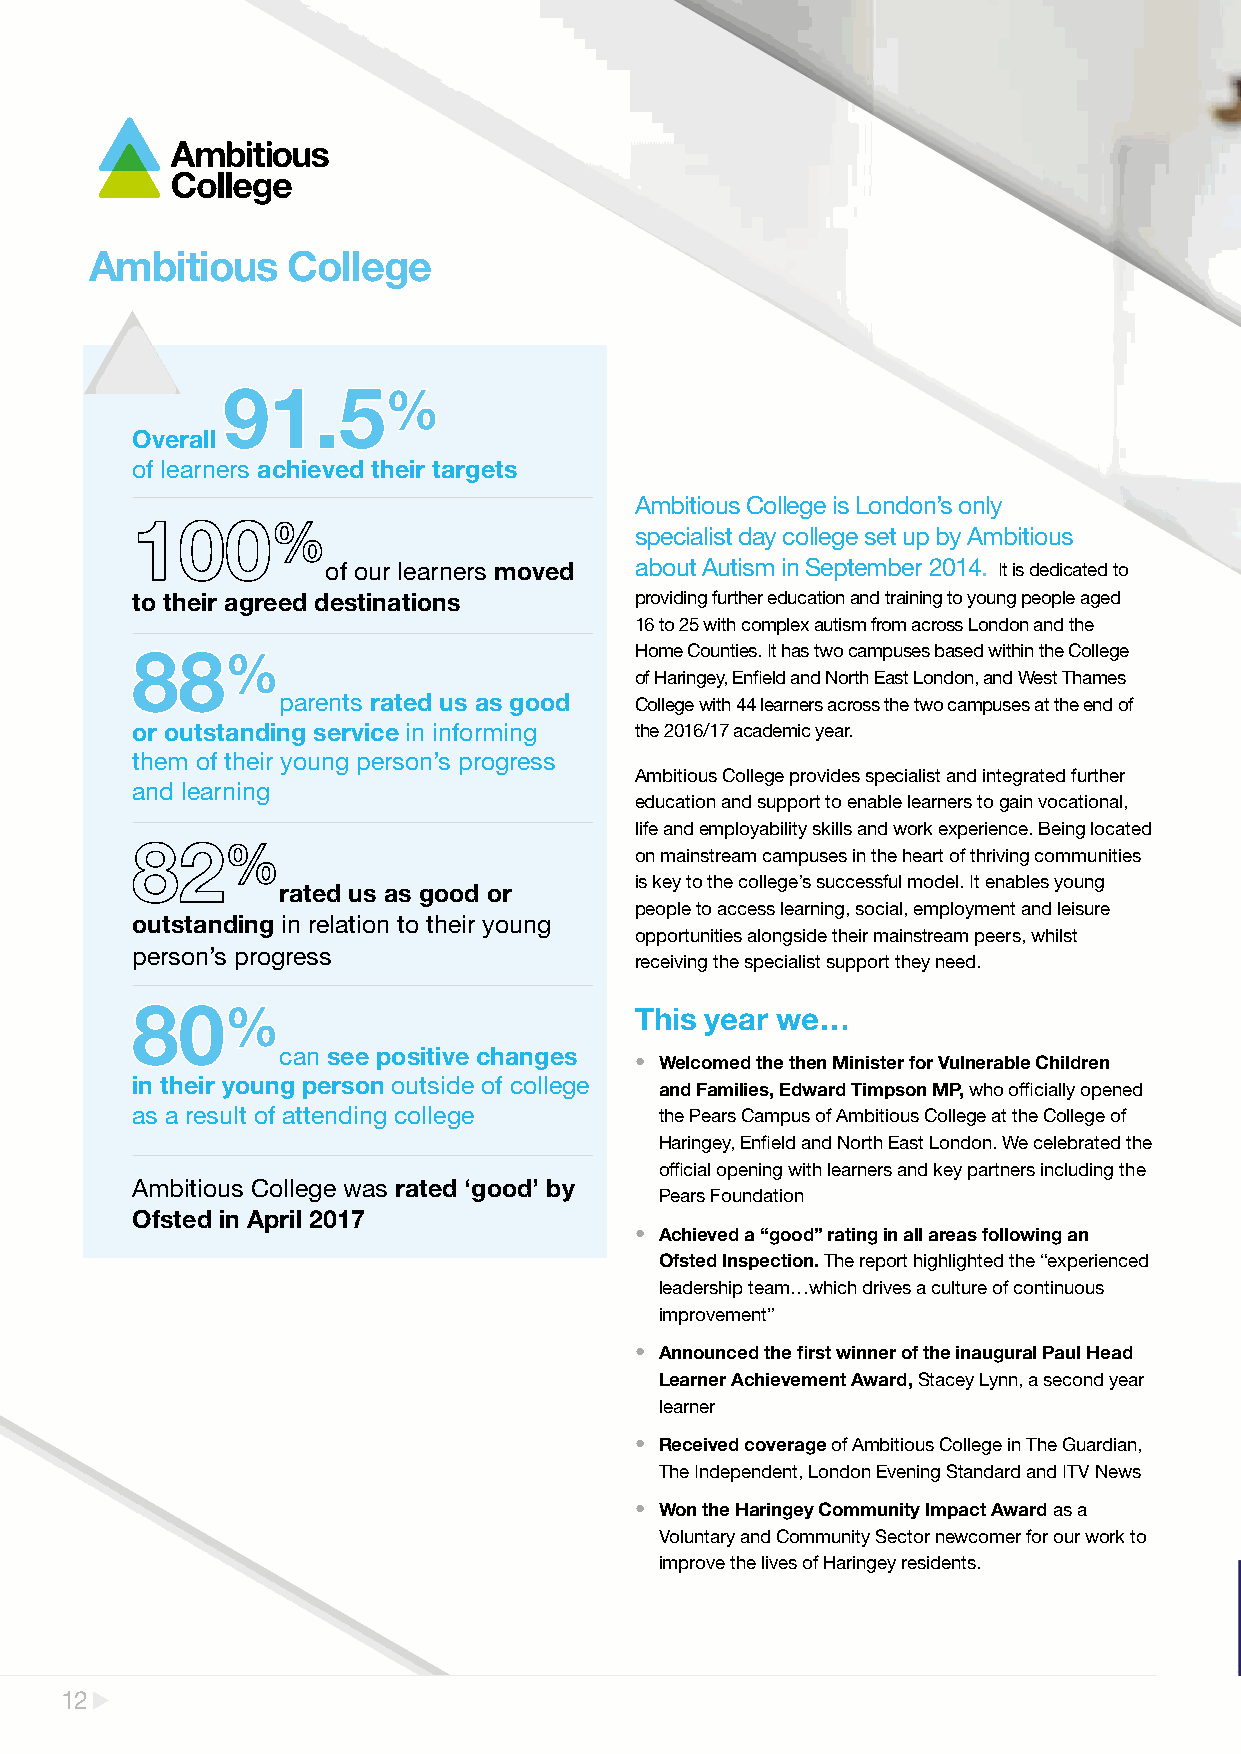
Ambitious    College
 91.5%
 Overall
 of learners achieved their targets
 Ambitious College is London’s only
 specialist day college set up by Ambitious
 of our learners moved about Autism in September 2014. It is dedicated to
 to their agreed destinations     providing further education and training to young people aged
 16 to 25 with complex autism from across London and the
 88%                              Home Counties. It has two campuses based within the College
 of Haringey, Enfield and North East London, and West Thames
 parents rated us as good College with 44 learners across the two campuses at the end of
 or outstanding service in informing the 2016/17 academic year.
 them of their young person’s progress
 Ambitious College provides specialist and integrated further
 and learning
 education and support to enable learners to gain vocational,
 life and employability skills and work experience. Being located
 on mainstream campuses in the heart of thriving communities
 is key to the college’s successful model. It enables young
 rated us as good or
 people to access learning, social, employment and leisure
 outstanding in relation to their young
 opportunities alongside their mainstream peers, whilst
 person’s progress
 receiving the specialist support they need.
 80%
 This year we…
 can see positive changes
 • Welcomed the then Minister for Vulnerable Children
 in their young person outside of college
 and Families, Edward Timpson MP, who officially opened
 as a result of attending college   the Pears Campus of Ambitious College at the College of
 Haringey, Enfield and North East London. We celebrated the
 official opening with learners and key partners including the
 Ambitious College was rated ‘good’ by
 Pears Foundation
 Ofsted in April 2017
 • Achieved a “good” rating in all areas following an
 Ofsted Inspection. The report highlighted the “experienced
 leadership team…which drives a culture of continuous
 improvement”
 • Announced the first winner of the inaugural Paul Head
 Learner Achievement Award, Stacey Lynn, a second year
 learner
 • Received coverage of Ambitious College in The Guardian,
 The Independent, London Evening Standard and ITV News
 • Won the Haringey Community Impact Award as a
 Voluntary and Community Sector newcomer for our work to
 improve the lives of Haringey residents.
 12